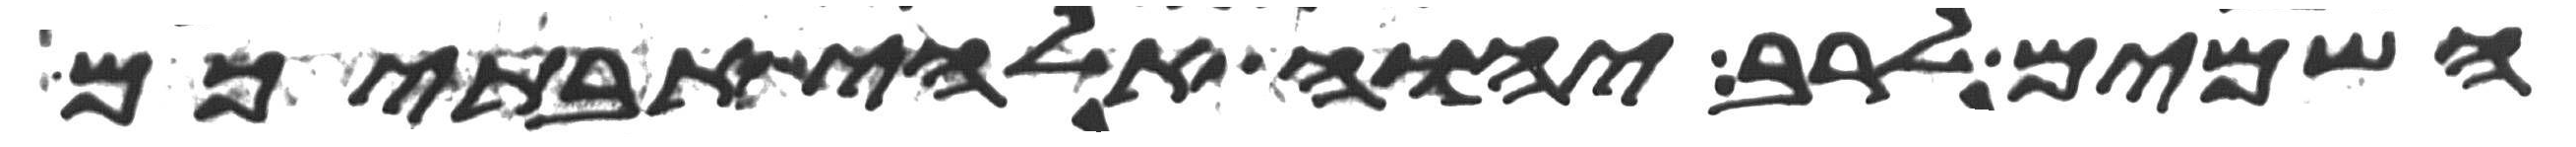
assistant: השמים לרב יהוה אלהי אבתיכם